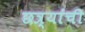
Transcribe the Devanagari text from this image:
छत्र्यांची